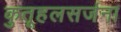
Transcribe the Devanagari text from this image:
कुतूहलसर्जना